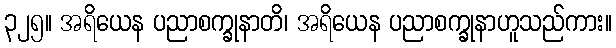
၃၂၅။ အရိယေန ပညာစက္ခုနာတိ၊ အရိယေန ပညာစက္ခုနာဟူသည်ကား။